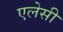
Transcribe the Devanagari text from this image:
एलेसी